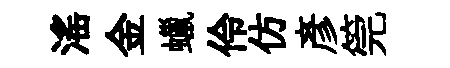
滛金蠟伶仿彥筦